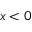
x < 0